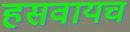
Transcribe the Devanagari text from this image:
हसवायच